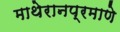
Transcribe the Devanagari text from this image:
माथेरानप्रमाणे